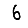
Digit: 6